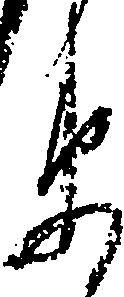
衛